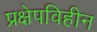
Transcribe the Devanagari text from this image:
प्रक्षेपविहीन